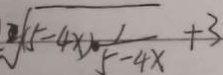
2 \sqrt { ( 5 - 4 \times ) \frac { 1 } { 5 - 4 x } } + 3